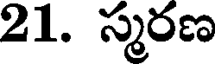
21. స్మరణ